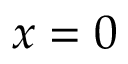
x = 0